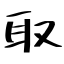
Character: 取